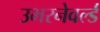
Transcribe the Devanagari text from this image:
उभरनेवर्ल्ड